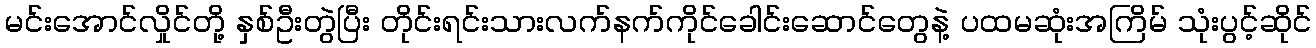
မင်းအောင်လှိုင်တို့ နှစ်ဦးတွဲပြီး တိုင်းရင်းသားလက်နက်ကိုင်ခေါင်းဆောင်တွေနဲ့ ပထမဆုံးအကြိမ် သုံးပွင့်ဆိုင်